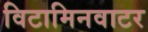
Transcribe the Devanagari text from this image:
विटामिनवाटर